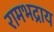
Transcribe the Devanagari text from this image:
रामभद्राय